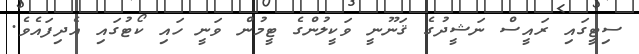
ސިޓީގައި ރައީސް ނަޝީދުގެ ޤަނޫނީ ވަކީލުންގެ ޓީމުން ވަނީ ހައި ކޯޓުގައި އެދިފައެވެ.